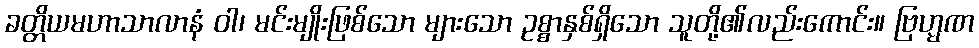
ခတ္တိယမဟာသာလာနံ ဝါ၊ မင်းမျိုးဖြစ်သော များသော ဥစ္စာနှစ်ရှိသော သူတို့၏လည်းကောင်း။ ဗြဟ္မဏ